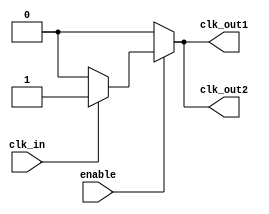
module LowPowerClockBuffer (
    input wire clk_in,        // Clock input
    input wire enable,        // Enable signal
    output wire clk_out1,     // Buffered clock output 1
    output wire clk_out2      // Buffered clock output 2
);

    // Internal signals
    wire clk_buf;             // Buffered clock signal

    // Input Stage: Schmitt Trigger-like behavior (simplified)
    wire clk_in_buf;
    assign clk_in_buf = (clk_in) ? 1'b1 : 1'b0; // Simple buffer for demonstration

    // Core Buffering Stage: Weak drive strength buffer
    wire clk_core;
    assign clk_core = enable ? clk_in_buf : 1'b0; // Weak drive when enabled

    // Output Stage: Final buffering with drive strength
    assign clk_out1 = clk_core; // Buffered output 1
    assign clk_out2 = clk_core; // Buffered output 2

endmodule